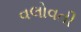
વલોવતી